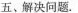
五、解决问题.